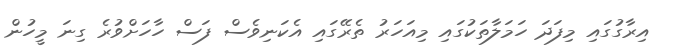
އިރާގުގައި މިފަދަ ހަމަލާތަކުގައި މިއަހަރު ތެރޭގައި އެކަނިވެސް ފަސް ހާހަށްވުރެ ގިނަ މީހުން